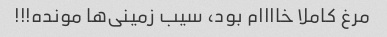
مرغ کاملا خاااام بود، سیب زمینی‌ها مونده!!!